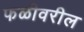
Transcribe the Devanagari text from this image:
फळीवरील